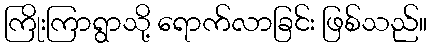
ကြိုးကြာရွာသို့ ရောက်လာခြင်း ဖြစ်သည်။